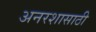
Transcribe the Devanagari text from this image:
अनरशासाठी